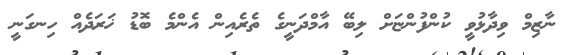
ނާޒިމް ވިދާޅުވީ ކުންފުންޏަށް ލިބޭ އާމްދަނީގެ ތެރެއިން އެންމެ ބޮޑު ޚަރަދެއް ހިނގަނީ